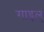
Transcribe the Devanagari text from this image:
गाइल्